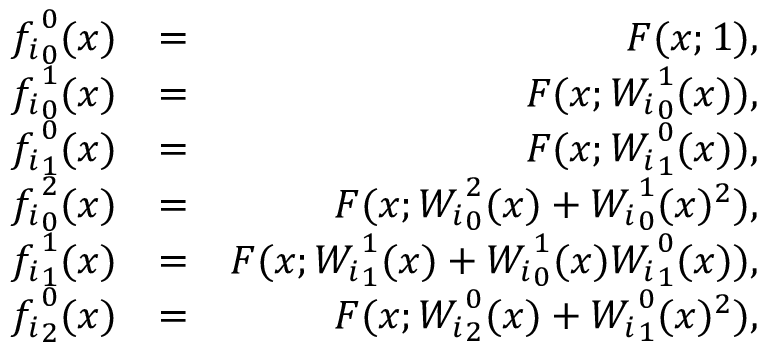
\begin{array} { r l r } { { f _ { i } } _ { 0 } ^ { 0 } ( x ) } & { = } & { F ( x ; 1 ) , } \\ { { f _ { i } } _ { 0 } ^ { 1 } ( x ) } & { = } & { F ( x ; { W _ { i } } _ { 0 } ^ { 1 } ( x ) ) , } \\ { { f _ { i } } _ { 1 } ^ { 0 } ( x ) } & { = } & { F ( x ; { W _ { i } } _ { 1 } ^ { 0 } ( x ) ) , } \\ { { f _ { i } } _ { 0 } ^ { 2 } ( x ) } & { = } & { F ( x ; { W _ { i } } _ { 0 } ^ { 2 } ( x ) + { W _ { i } } _ { 0 } ^ { 1 } ( x ) ^ { 2 } ) , } \\ { { f _ { i } } _ { 1 } ^ { 1 } ( x ) } & { = } & { F ( x ; { W _ { i } } _ { 1 } ^ { 1 } ( x ) + { W _ { i } } _ { 0 } ^ { 1 } ( x ) { W _ { i } } _ { 1 } ^ { 0 } ( x ) ) , } \\ { { f _ { i } } _ { 2 } ^ { 0 } ( x ) } & { = } & { F ( x ; { W _ { i } } _ { 2 } ^ { 0 } ( x ) + { W _ { i } } _ { 1 } ^ { 0 } ( x ) ^ { 2 } ) , } \end{array}